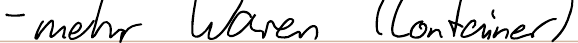
- mehr Waren (Container)